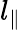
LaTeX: l_{\| }